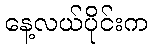
နေ့လယ်ပိုင်းက